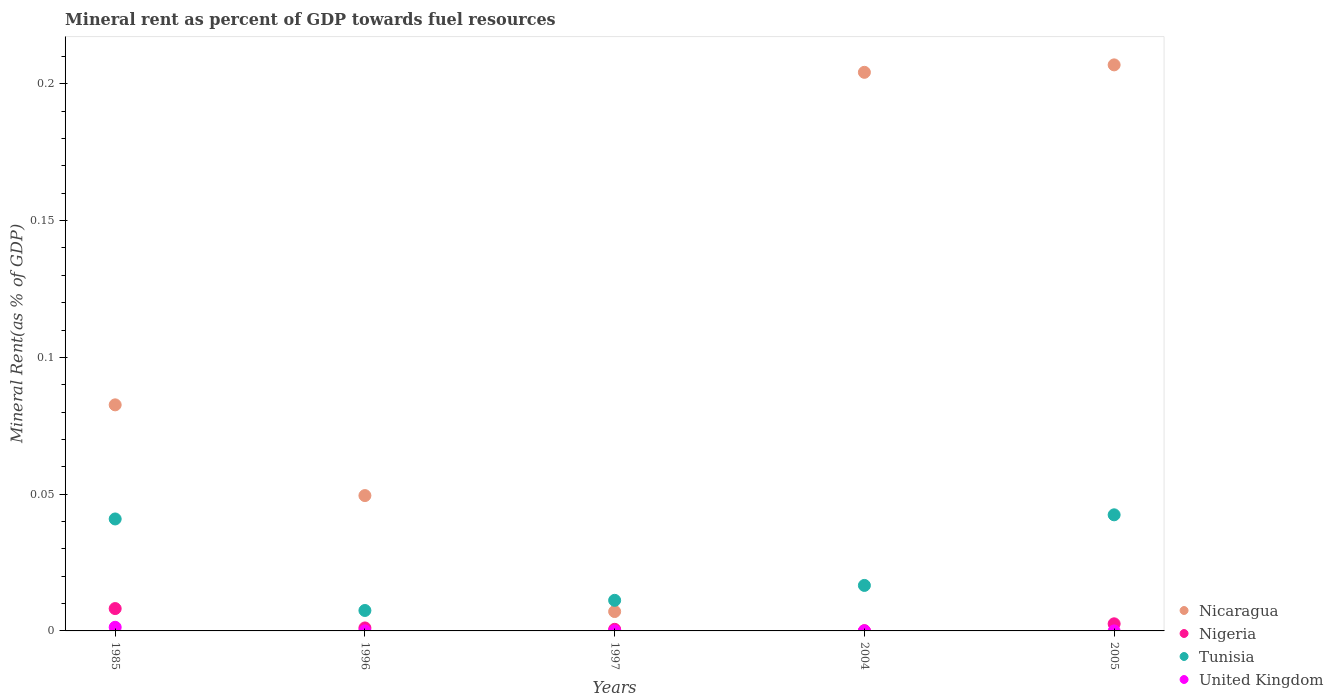
| Years | Nicaragua | Nigeria | Tunisia | United Kingdom |
 | --- | --- | --- | --- | --- |
 | 1985 | 0.0826 | 0.00817 | 0.0409 | 0.00133 |
 | 1996 | 0.0495 | 0.00109 | 0.00747 | 1.86e-05 |
 | 1997 | 0.00709 | 0.000587 | 0.0112 | 1.84e-06 |
 | 2004 | 0.204 | 9.37e-05 | 0.0166 | 6.2e-06 |
 | 2005 | 0.207 | 0.0026 | 0.0424 | 7.34e-06 |